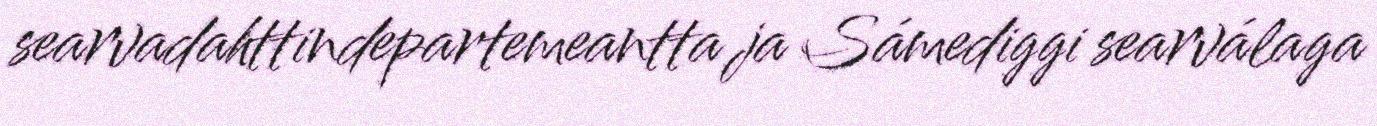
searvadahttindepartemeantta ja Sámediggi searválaga